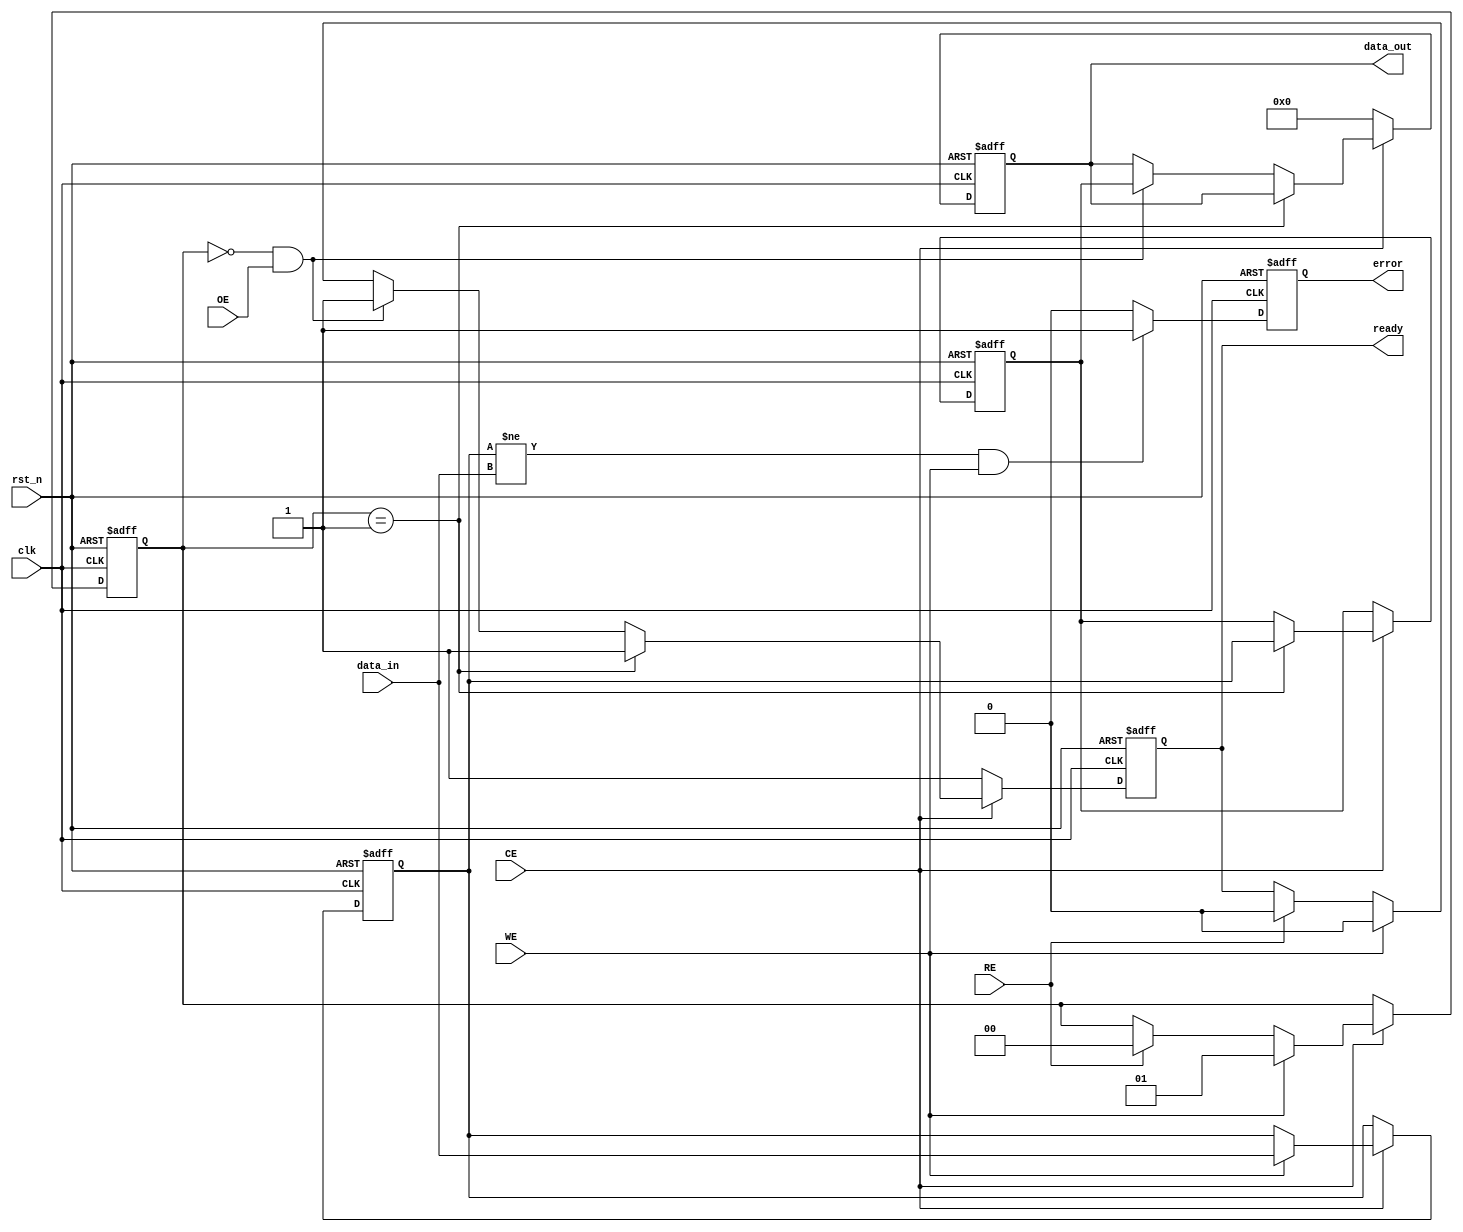
module qlc_nand_io_block (
    input wire clk,             // System clock
    input wire rst_n,          // Active low reset
    input wire [3:0] data_in,  // 4-bit data input (D0-D3)
    output reg [3:0] data_out,  // 4-bit data output (D0-D3)
    input wire RE,             // Read Enable
    input wire WE,             // Write Enable
    input wire CE,             // Chip Enable
    input wire OE,             // Output Enable
    output reg ready,          // Ready status
    output reg error           // Error status
);

// Internal signals
reg [3:0] input_latch;        // Input latch
reg output_latch_enable;      // Output latch enable
reg [1:0] command;            // Command decoder state
reg [3:0] status_reg;         // Status register
reg [3:0] internal_bus;       // Internal data bus

// State definitions for command decoder
localparam CMD_READ = 2'b00;
localparam CMD_WRITE = 2'b01;
localparam CMD_ERASE = 2'b10;

// Timing control parameters (for simulation purpose, you may modify this)
localparam READ_TIME = 10;    // Read operation time
localparam WRITE_TIME = 10;   // Write operation time

// Main control process
always @(posedge clk or negedge rst_n) begin
    if (!rst_n) begin
        input_latch <= 4'b0000;
        data_out <= 4'b0000;
        ready <= 1'b1;
        error <= 1'b0;
        status_reg <= 4'b0000;
        output_latch_enable <= 1'b0;
        command <= CMD_WRITE; // Default command
    end else begin
        // Command Decoder
        if (CE) begin
            if (WE) begin
                command <= CMD_WRITE;  // Write command
                input_latch <= data_in; // Latch input data
                ready <= 1'b0; // Device busy
            end else if (RE) begin
                command <= CMD_READ;   // Read command
                ready <= 1'b0; // Device busy
            end
            // Implementing a simple delay for read/write operations
            if (command == CMD_WRITE) begin
                // Simulate write delay
                #WRITE_TIME;
                // Here you would normally perform the actual write operation
                // For now, we just simulate the operation
                status_reg <= input_latch; // Simulate writing to internal status
                ready <= 1'b1; // Operation complete
            end else if (command == CMD_READ && OE) begin
                // Simulate read delay
                #READ_TIME;
                data_out <= status_reg; // Read data from internal status
                output_latch_enable <= 1'b1; // Enable output latch
                ready <= 1'b1; // Operation complete
            end
        end else begin
            // Chip is disabled; clear output
            data_out <= 4'b0000;
            output_latch_enable <= 1'b0;
            ready <= 1'b1;
        end
        
        // Error detection logic (simplified)
        if (input_latch != data_in && WE) begin
            error <= 1'b1; // Set error flag if input does not match latch
        end else begin
            error <= 1'b0; // Clear error if no mismatch
        end
    end
end

endmodule